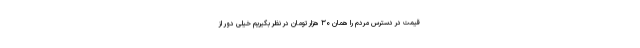
قیمت در دسترس مردم را همان ۳۰ هزار تومان در نظر بگیریم خیلی دور از